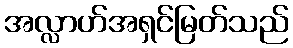
အလ္လာဟ်အရှင်မြတ်သည်